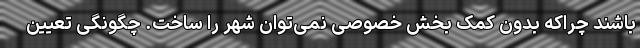
باشند چراکه بدون کمک بخش خصوصی نمی‌توان شهر را ساخت. چگونگی تعیین